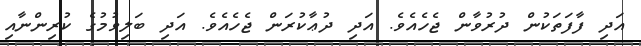
އަދި ފާފަތަކުން ދުރުވާން ޖެހެއެވެ. އަދި ދުޢާކުރަން ޖެހެއެވެ. އަދި ބަލިވުމުގެ ކުރިންނާއި